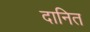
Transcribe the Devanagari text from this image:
दानित